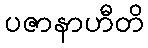
ပဇာနာဟီတိ